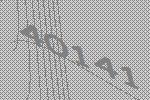
40141